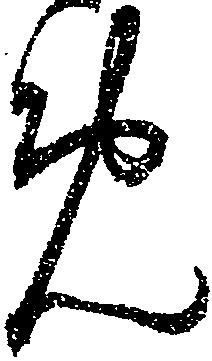
め